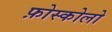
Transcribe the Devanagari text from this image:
फ़ोस्कोलो